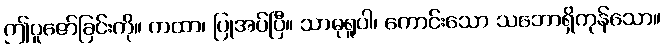
ဤပူဇော်ခြင်းကို။ ကထာ၊ ပြုအပ်ပြီ။ သာဓုရူပါ၊ ကောင်းသော သဘောရှိကုန်သော။